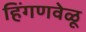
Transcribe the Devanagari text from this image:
हिंगणवेळू